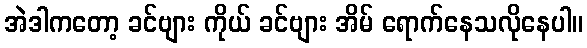
အဲဒါကတော့ ခင်ဗျား ကိုယ် ခင်ဗျား အိမ် ရောက်နေသလိုနေပါ။